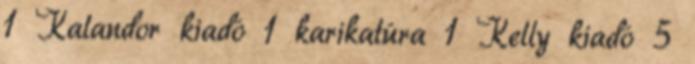
1 Kalandor kiadó 1 karikatúra 1 Kelly kiadó 5